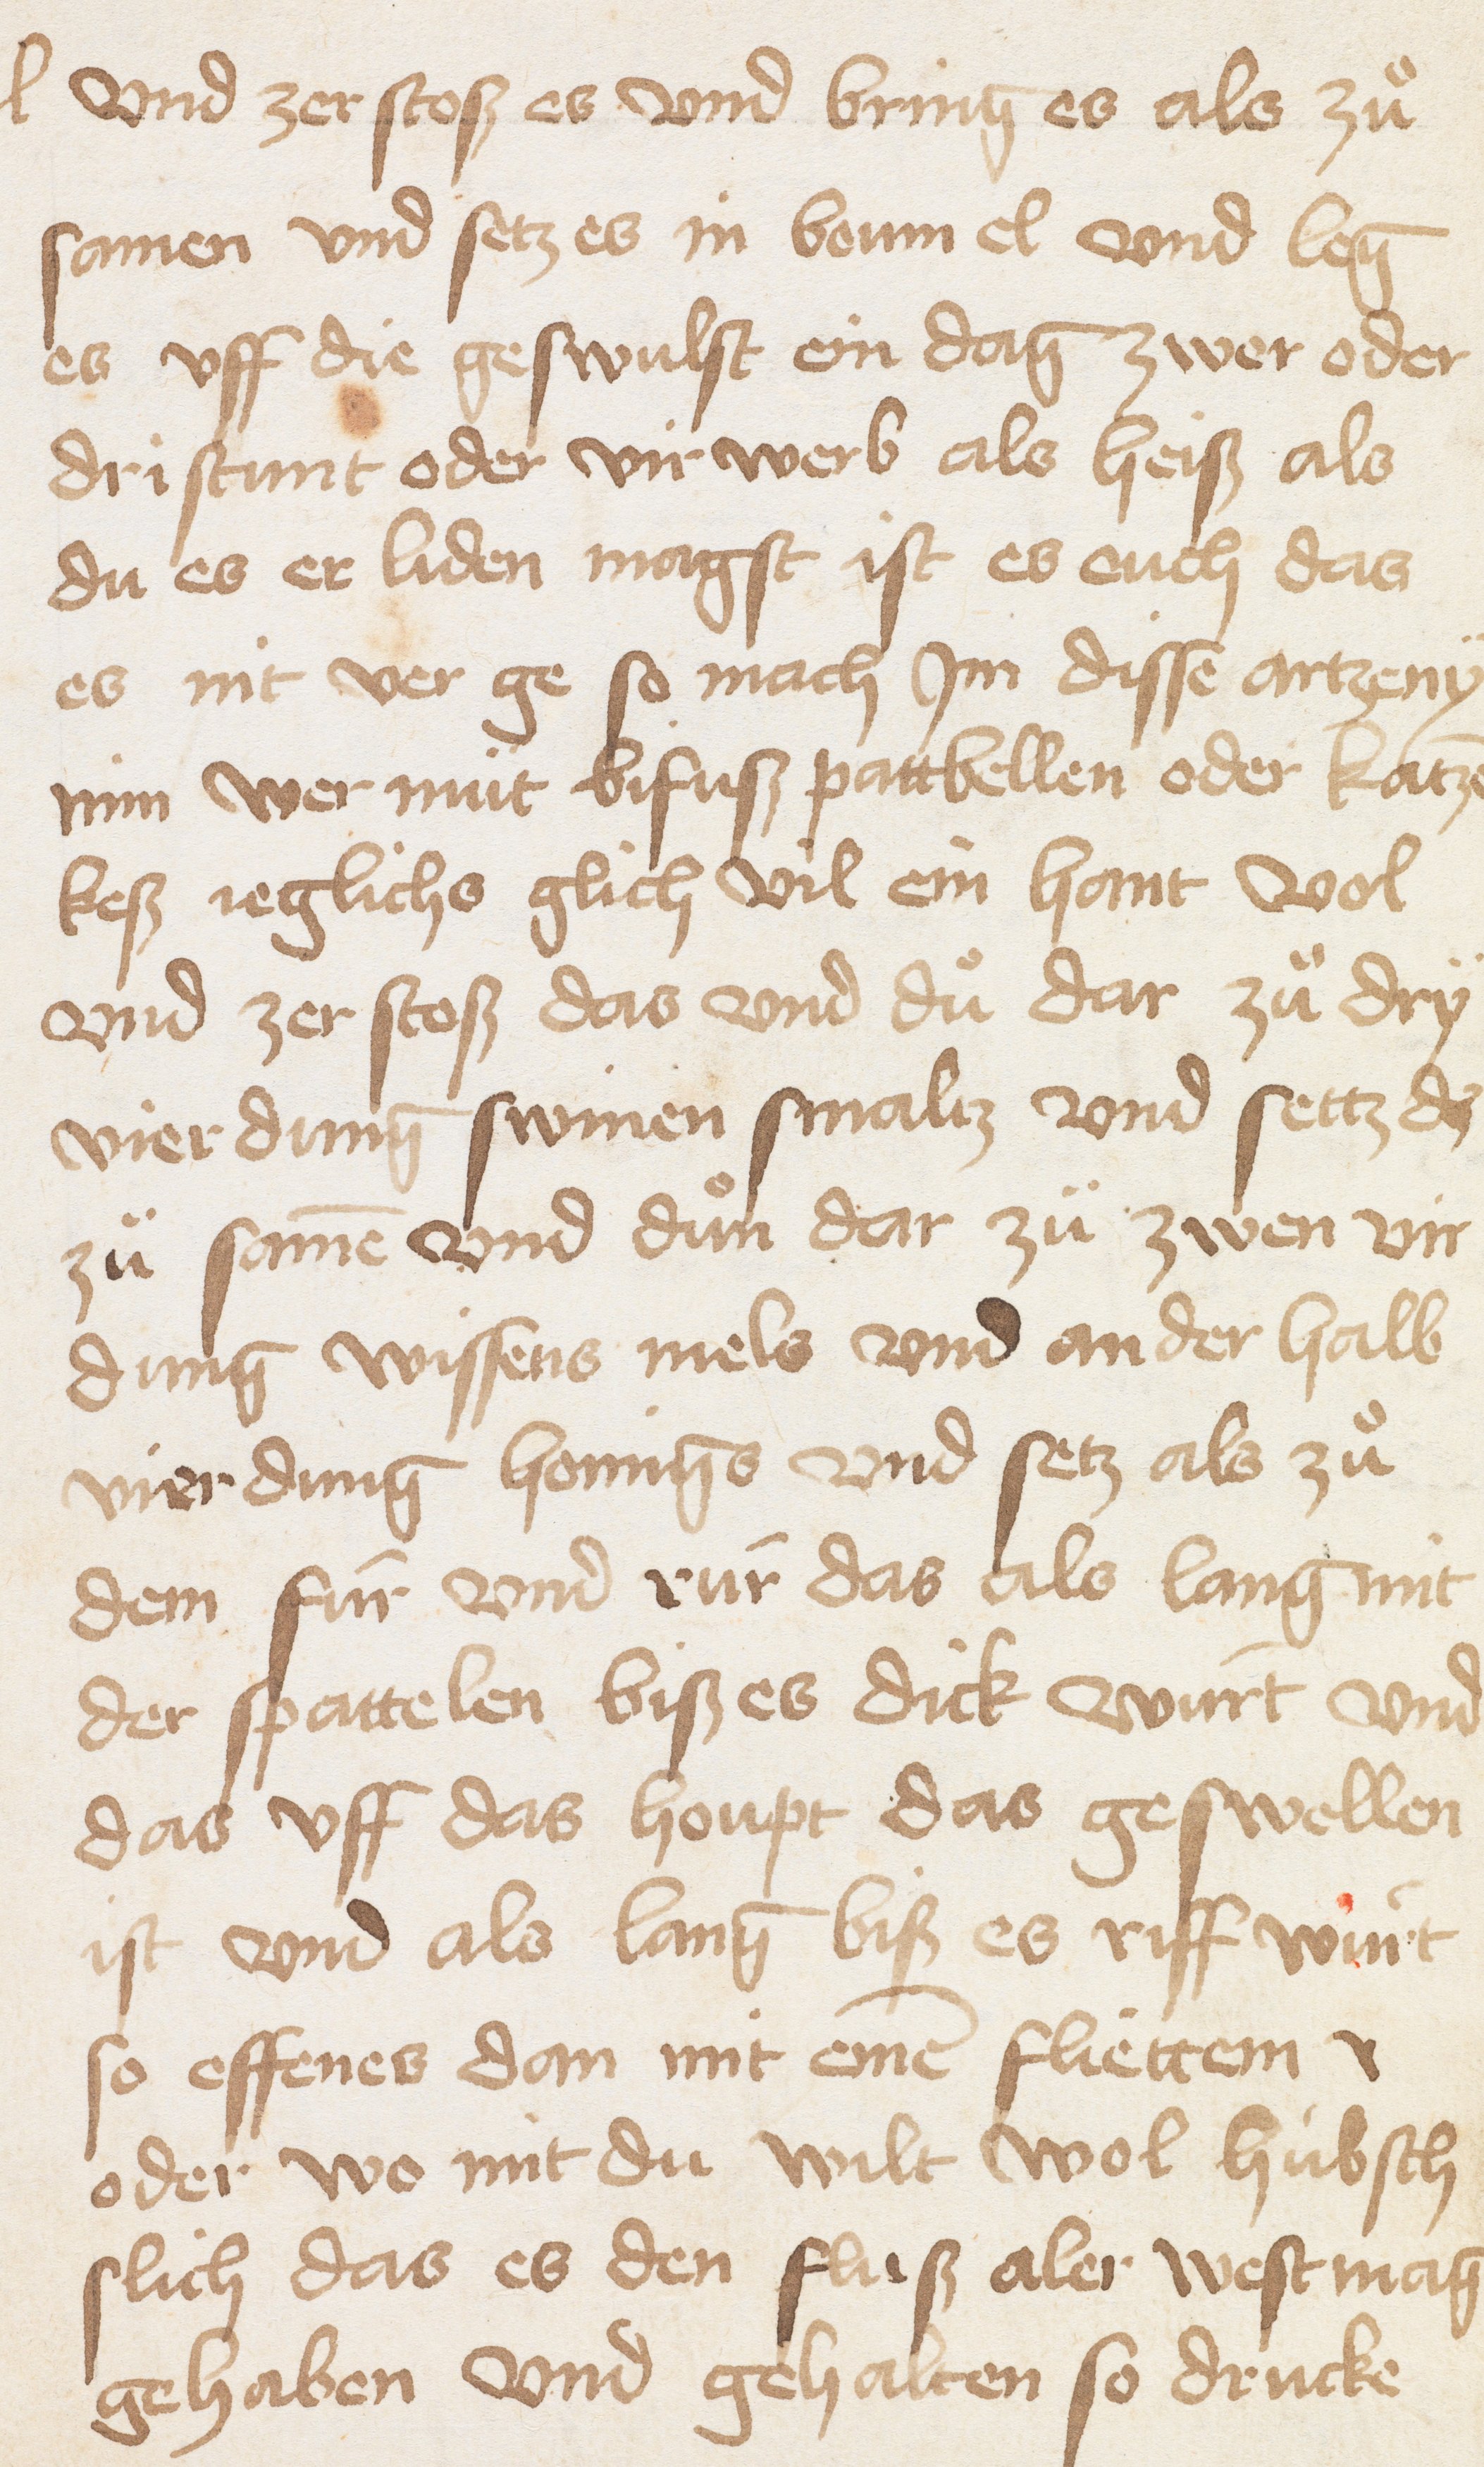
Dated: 1400–1599